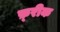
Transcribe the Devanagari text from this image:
फ़्रीक